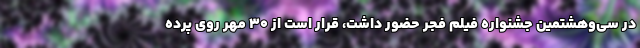
در سی‌وهشتمین جشنواره فیلم فجر حضور داشت، قرار است از ۳۰ مهر روی پرده